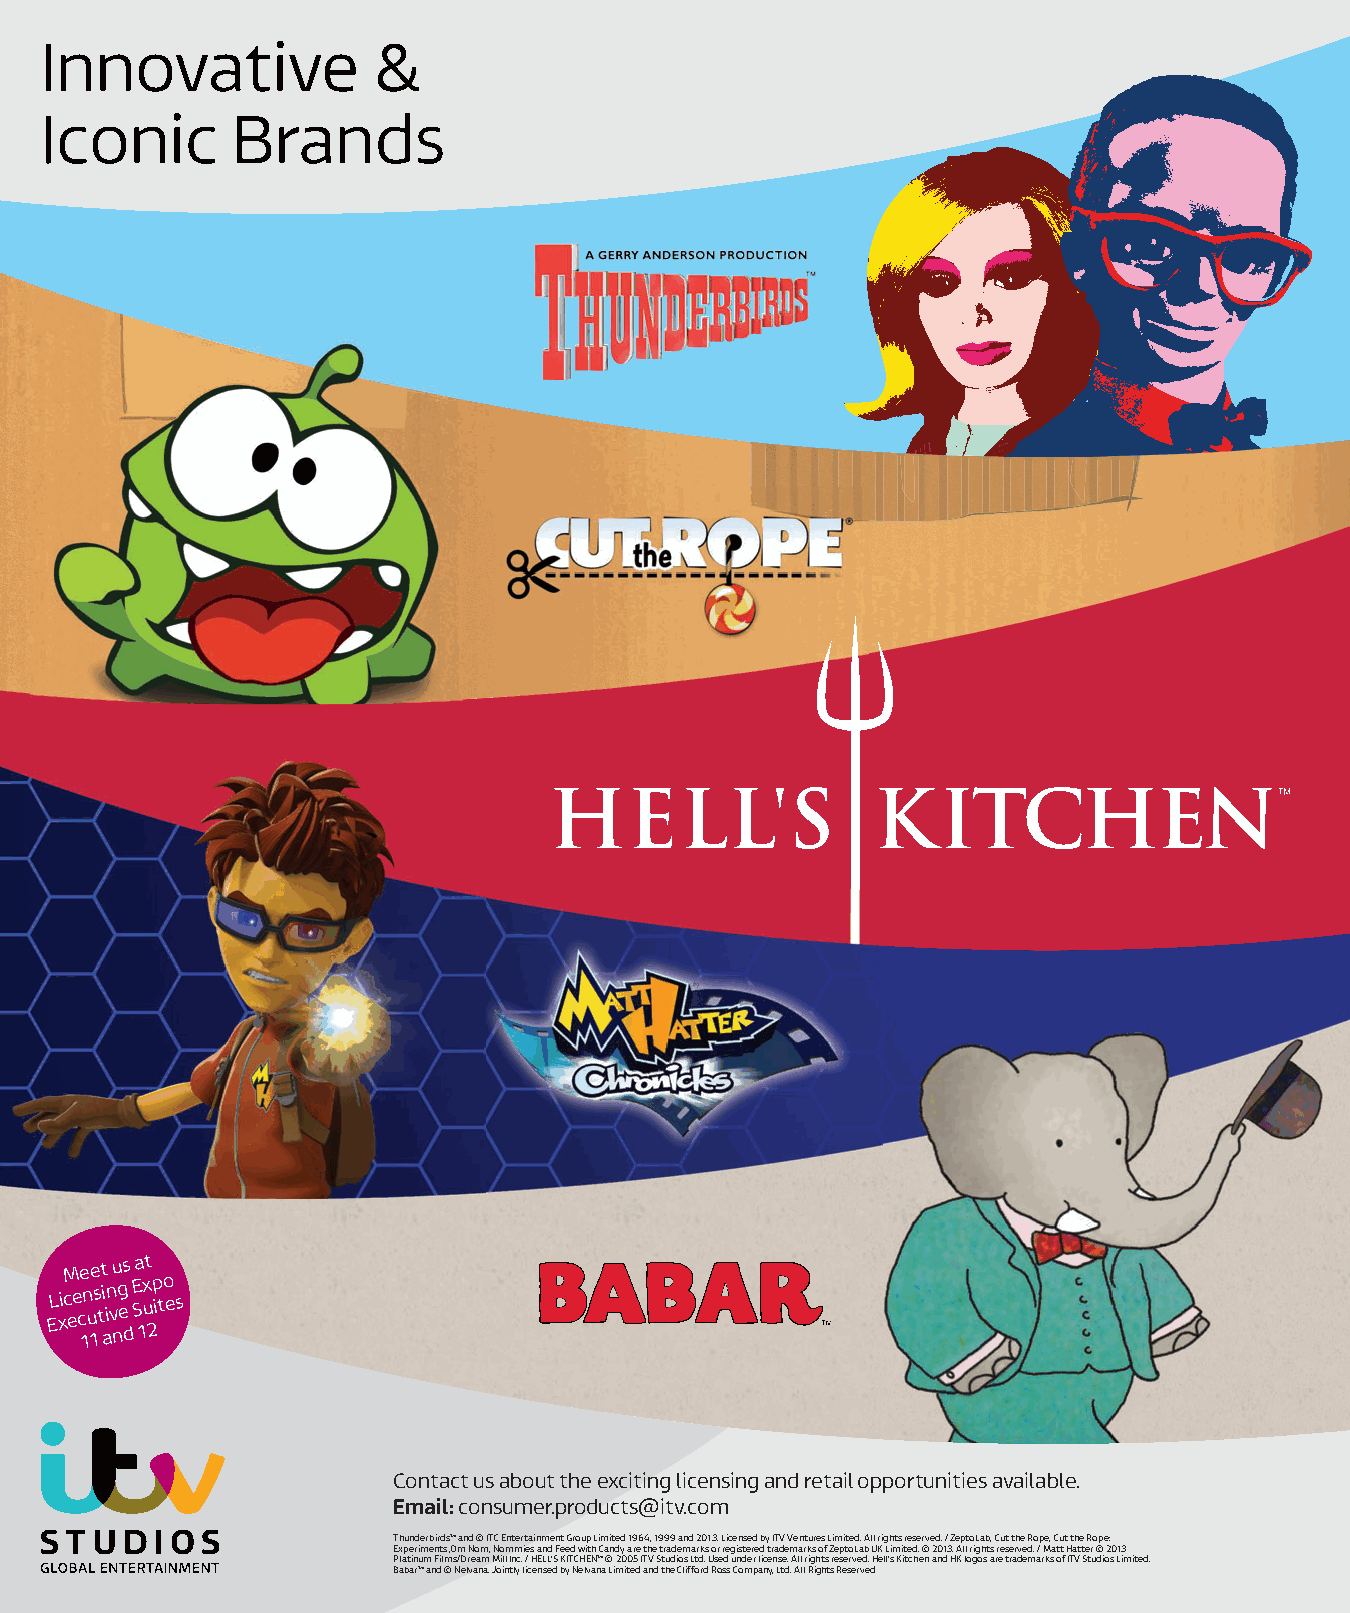
Innovative             &
 Iconic       Brands
 EL
 xicM
 ee
 ce
 1n
 u
 1e
 s
 t
 t
 i ain
 vu
 ng
 es
 d
 E S
 a
 1x
 ut
 2
 p i to e s
 Contact us about the exciting licensing and retail opportunities available.
 Email: consumer.products@itv.com
 Thunderbirds™ and © ITC Entertainment Group Limited 1964, 1999 and 2013. Licensed by ITV Ventures Limited. All rights reserved. / ZeptoLab, Cut the Rope, Cut the Rope:
 Experiments, Om Nom, Nommies and Feed with Candy are the trademarks or registered trademarks of ZeptoLab UK Limited. © 2013. All rights reserved. / Matt Hatter © 2013
 Platinum Films/Dream Mill Inc. / HELL’S KITCHEN™ © 2005 ITV Studios Ltd. Used under license. All rights reserved. Hell’s Kitchen and HK logos are trademarks of ITV Studios Limited.
 Babar™ and © Nelvana. Jointly licensed by Nelvana Limited and the Clifford Ross Company, Ltd. All Rights Reserved
 mbcyyelaaallcgonkewnta                         ES246275_LIC0513_073_FP.pgs 05.03.2013 22:45 ADV